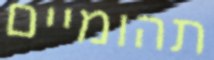
תהומיים